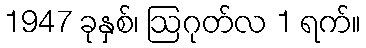
1947 ခုနှစ်၊ ဩဂုတ်လ 1 ရက်။